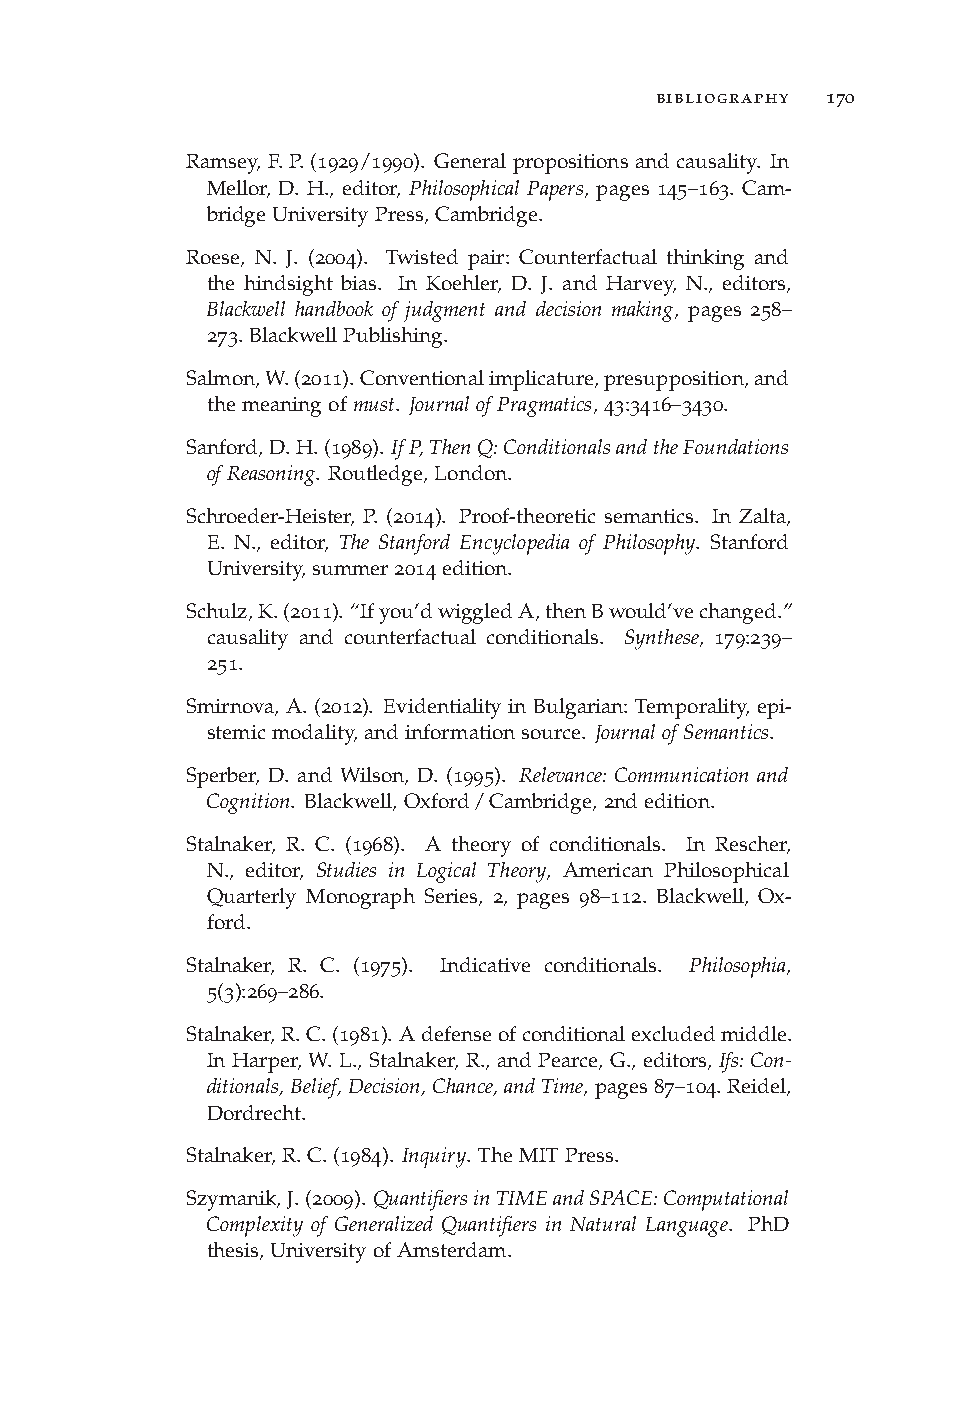
bibliography 170
 Ramsey, F. P. (1929/1990). General propositions and causality. In
 Mellor, D. H., editor, Philosophical Papers, pages 145–163. Cam-
 bridgeUniversityPress,Cambridge.
 Roese, N. J. (2004). Twisted pair: Counterfactual thinking and
 the hindsight bias. In Koehler, D. J. and Harvey, N., editors,
 Blackwell handbook of judgment and decision making, pages 258–
 273.BlackwellPublishing.
 Salmon,W.(2011).Conventionalimplicature,presupposition,and
 themeaningofmust. JournalofPragmatics,43:3416–3430.
 Sanford,D.H.(1989). IfP,ThenQ:ConditionalsandtheFoundations
 ofReasoning. Routledge,London.
 Schroeder-Heister, P. (2014). Proof-theoretic semantics. In Zalta,
 E. N., editor, The Stanford Encyclopedia of Philosophy. Stanford
 University,summer2014edition.
 Schulz,K.(2011). “Ifyou’dwiggledA,thenBwould’vechanged.”
 causality and counterfactual conditionals. Synthese, 179:239–
 251.
 Smirnova, A. (2012). Evidentiality in Bulgarian: Temporality, epi-
 stemicmodality,andinformationsource. JournalofSemantics.
 Sperber, D. and Wilson, D. (1995). Relevance: Communication and
 Cognition. Blackwell,Oxford/Cambridge,2ndedition.
 Stalnaker, R. C. (1968). A theory of conditionals. In Rescher,
 N., editor, Studies in Logical Theory, American Philosophical
 Quarterly Monograph Series, 2, pages 98–112. Blackwell, Ox-
 ford.
 Stalnaker, R. C. (1975). Indicative conditionals. Philosophia,
 5(3):269–286.
 Stalnaker,R.C.(1981). Adefenseofconditionalexcludedmiddle.
 In Harper, W. L., Stalnaker, R., and Pearce, G., editors, Ifs:Con-
 ditionals,Belief,Decision,Chance,andTime,pages87–104.Reidel,
 Dordrecht.
 Stalnaker,R.C.(1984). Inquiry. TheMITPress.
 Szymanik,J.(2009). QuantifiersinTIMEandSPACE:Computational
 Complexity of Generalized Quantifiers in Natural Language. PhD
 thesis,UniversityofAmsterdam.